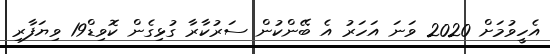
އެހީވުމަށް 2020 ވަނަ އަހަރު އެ ބޭންކުން ސަރުކާރާ ގުޅިގެން ކޮވިޑް19 ވިޔަފާރި